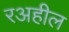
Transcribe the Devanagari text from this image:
रअहील